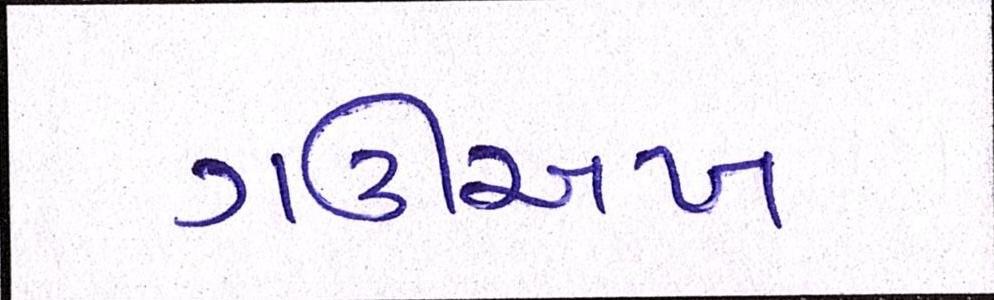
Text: ગઊઅખ